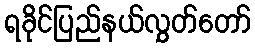
ရခိုင်ပြည်နယ်လွှတ်တော်